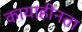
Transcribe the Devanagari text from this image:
कायाहीनता